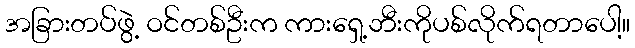
အခြားတပ်ဖွဲ့ ဝင်တစ်ဦးက ကားရှေ့ဘီးကိုပစ်လိုက်ရတာပေါ့။